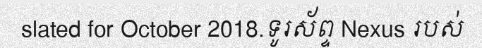
slated for October 2018.ទូរស័ព្ទ Nexus របស់